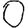
Digit: 0